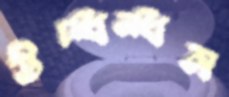
উদ্ধন্ধন